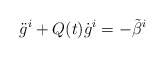
\begin{align*}{\ddot g}^i + Q(t){\dot g}^i = -{\tilde \beta}^i \end{align*}